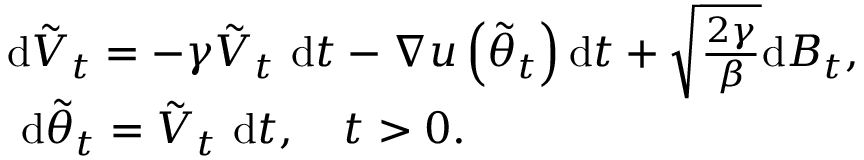
\begin{array} { r l } & { \mathrm { d } \tilde { V } _ { t } = - \gamma \tilde { V } _ { t } \mathrm { ~ d } t - \nabla u \left( \tilde { \theta } _ { t } \right) \mathrm { d } t + \sqrt { \frac { 2 \gamma } { \beta } } \mathrm { d } B _ { t } , } \\ & { \mathrm { ~ d } \tilde { \theta } _ { t } = \tilde { V } _ { t } \mathrm { ~ d } t , \quad t > 0 . } \end{array}